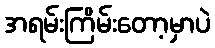
အရမ်းကြိမ်းတော့မှာပဲ